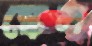
স্কেল